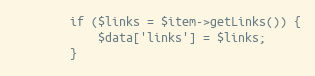
Language: PHP
        if ($links = $item->getLinks()) {
            $data['links'] = $links;
        }